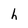
Character: h